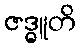
ဇဒ္ဓူတိ